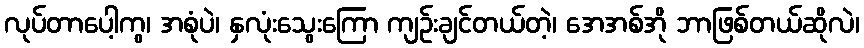
လုပ်တာပေါ့ကွ၊ အစုံပဲ၊ နှလုံးသွေးကြော ကျဉ်းချင်တယ်တဲ့၊ အေအစ်အို ဘာဖြစ်တယ်ဆိုလဲ၊